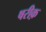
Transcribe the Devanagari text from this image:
षरीक़